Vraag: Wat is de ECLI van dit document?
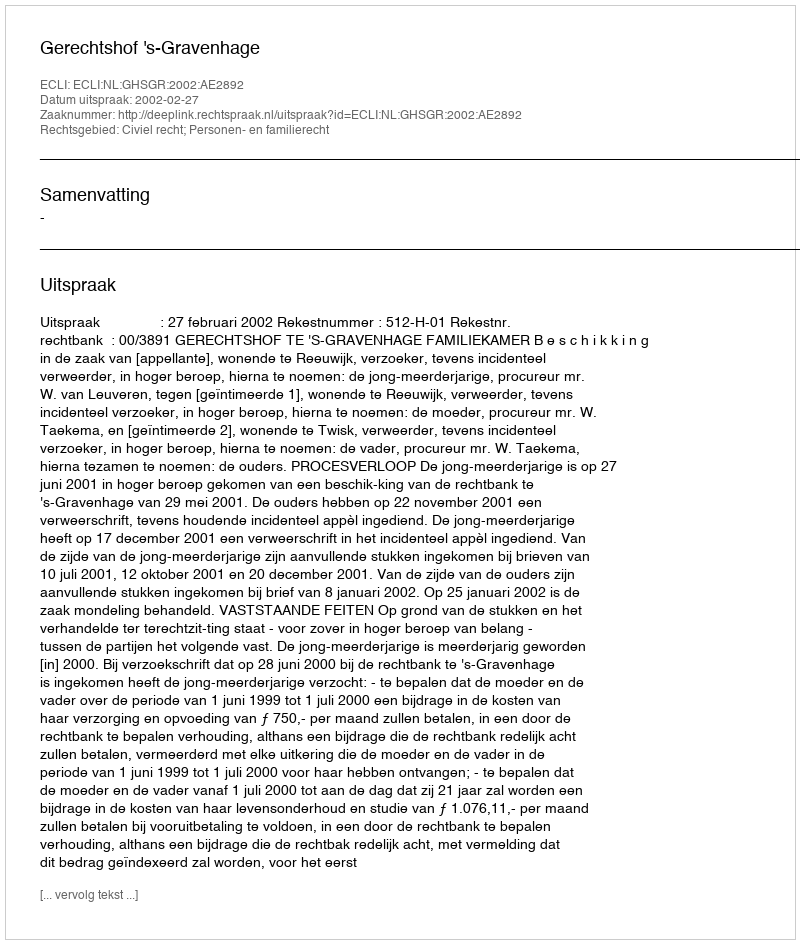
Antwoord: ECLI:NL:GHSGR:2002:AE2892